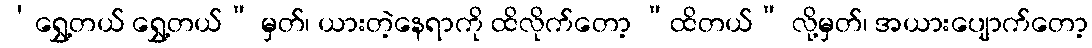
‘ရွှေ့တယ် ရွှေ့တယ်” မှတ်၊ ယားတဲ့နေရာကို ထိလိုက်တော့ “ထိတယ်” လို့မှတ်၊ အယားပျောက်တော့